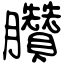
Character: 臢